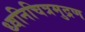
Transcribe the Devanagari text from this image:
ध्वनिचित्रमुद्रण